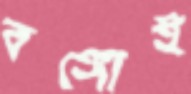
বঙ্গোই